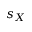
s _ { X }